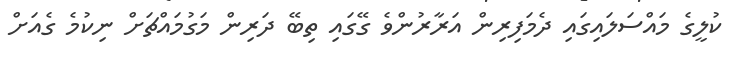
ކުލީގެ މައްސަލައިގައި ދެމަފިރިން އަރާރުންވެ ގޭގައި ތިބޭ ދަރިން މަގުމައްޗަށް ނިކުމެ ގެއަށް